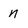
Character: n